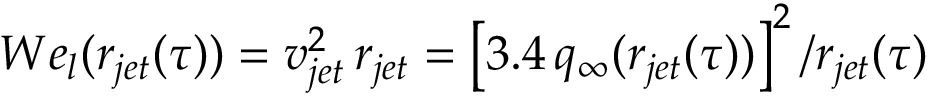
W e _ { l } ( r _ { j e t } ( \tau ) ) = v _ { j e t } ^ { 2 } \, r _ { j e t } = \left[ 3 . 4 \, q _ { \infty } ( r _ { j e t } ( \tau ) ) \right] ^ { 2 } / r _ { j e t } ( \tau )